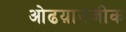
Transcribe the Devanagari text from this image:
ओढय़ानजीक